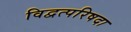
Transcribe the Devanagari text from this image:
विद्वत्परिषदा